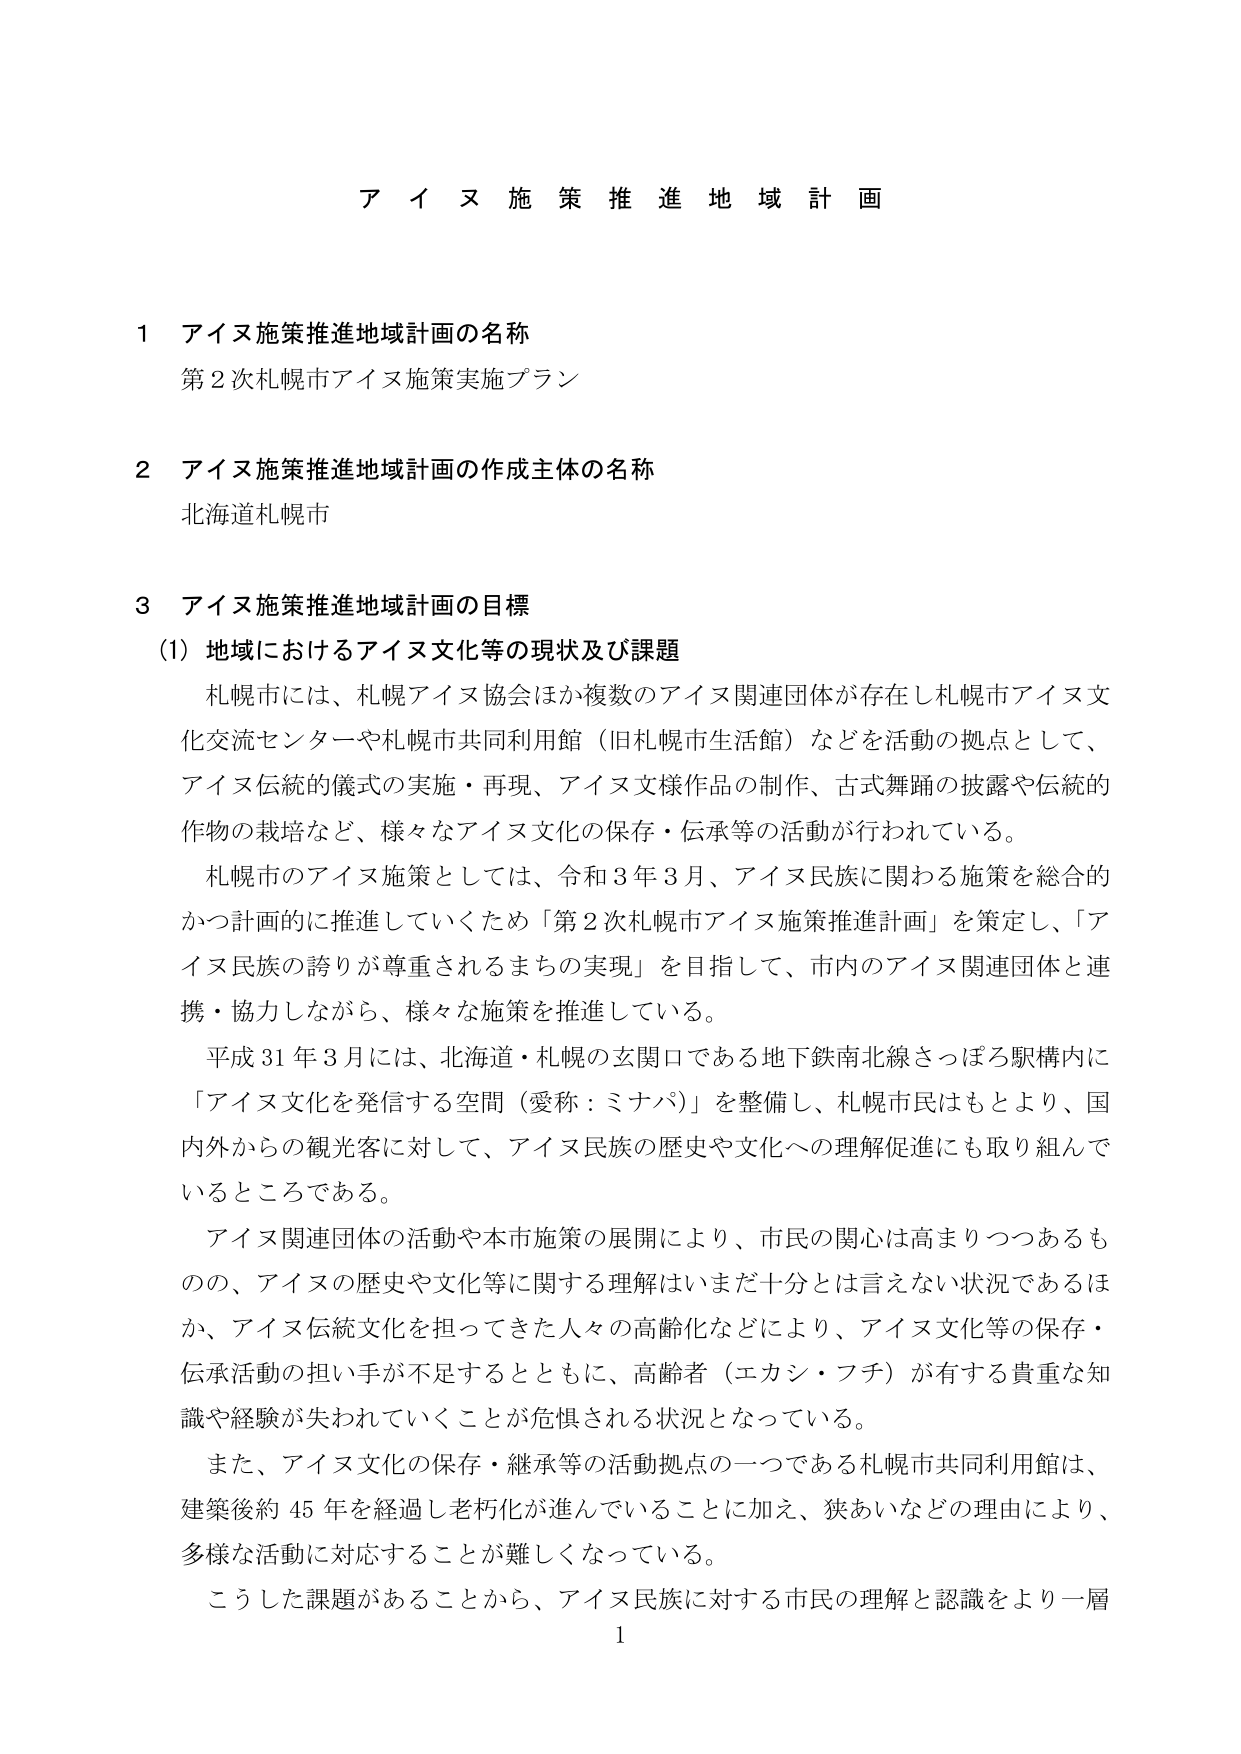
アイヌ施策推進地域計画

1 アイヌ施策推進地域計画の名称
第2次札幌市アイヌ施策実施プラン

2 アイヌ施策推進地域計画の作成主体の名称
北海道札幌市

3 アイヌ施策推進地域計画の目標
(1) 地域におけるアイヌ文化等の現状及び課題
札幌市には、札幌アイヌ協会ほか複数のアイヌ関連団体が存在し札幌市アイヌ文化交流センターや札幌市共同利用館（旧札幌市生活館）などを活動の拠点として、アイヌ伝統的儀式の実施・再現、アイヌ文様作品の制作、古式舞踊の披露や伝統的作物の栽培など、様々なアイヌ文化の保存・伝承等の活動が行われている。
札幌市のアイヌ施策としては、令和3年3月、アイヌ民族に関する施策を総合的かつ計画的に推進していくため「第2次札幌市アイヌ施策推進計画」を策定し、「アイヌ民族の誇りが尊重されるまちの実現」を目指して、市内のアイヌ関連団体と連携・協力しながら、様々な施策を推進している。
平成31年3月には、北海道・札幌の玄関口である地下鉄南北線さっぽろ駅構内に「アイヌ文化を発信する空間（愛称：ミナパ）」を整備し、札幌市民はもとより、国内外からの観光客に対して、アイヌ民族の歴史や文化への理解促進にも取り組んでいるところである。
アイヌ関連団体の活動や本市施策の展開により、市民の関心は高まりつつあるものの、アイヌの歴史や文化等に関する理解はまだ十分とは言えない状況であるほか、アイヌ伝統文化を担ってきた人々の高齢化などにより、アイヌ文化等の保存・伝承活動の担い手が不足するとともに、高齢者（エカシ・フチ）が有する貴重な知識や経験が失われていくことが危惧される状況となっている。
また、アイヌ文化の保存・継承等の活動拠点の一つである札幌市共同利用館は、建築後約45年を経過し老朽化が進んでいることに加え、狭あいなどの理由により、多様な活動に対応することが難しくなっている。
こうした課題があることから、アイヌ民族に対する市民の理解と認識をより一層

1